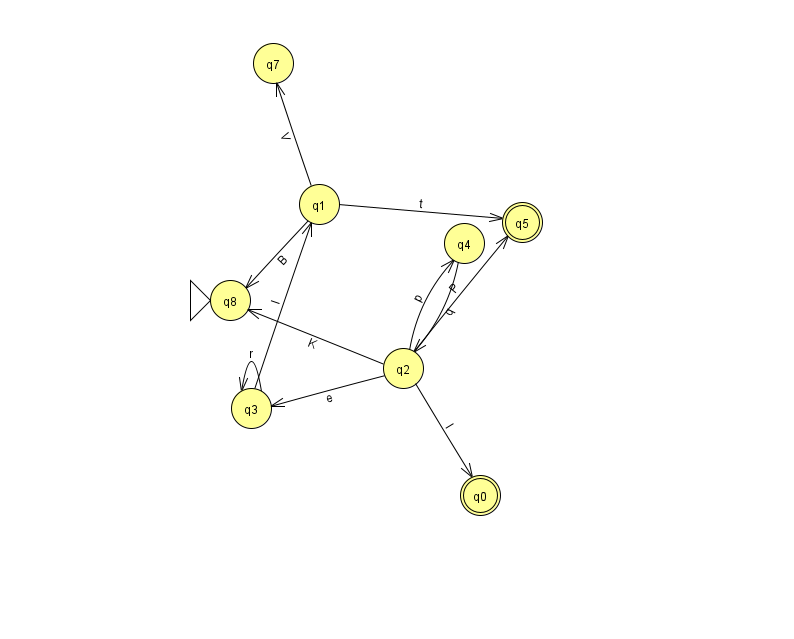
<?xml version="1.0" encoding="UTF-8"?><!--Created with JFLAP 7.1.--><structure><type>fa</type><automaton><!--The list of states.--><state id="0" name="q0"><x>480.0</x><y>482.0</y><final/></state><state id="1" name="q1"><x>319.0</x><y>191.0</y></state><state id="2" name="q2"><x>403.0</x><y>355.0</y></state><state id="3" name="q3"><x>251.0</x><y>395.0</y></state><state id="4" name="q4"><x>464.0</x><y>230.0</y></state><state id="5" name="q5"><x>522.0</x><y>209.0</y><final/></state><state id="7" name="q7"><x>273.0</x><y>50.0</y></state><state id="8" name="q8"><x>230.0</x><y>287.0</y><initial/></state><!--The list of transitions.--><transition><from>3</from><to>3</to><read>r</read></transition><transition><from>4</from><to>2</to><read>q</read></transition><transition><from>2</from><to>4</to><read>p</read></transition><transition><from>1</from><to>8</to><read>B</read></transition><transition><from>2</from><to>0</to><read>I</read></transition><transition><from>3</from><to>1</to><read>I</read></transition><transition><from>1</from><to>5</to><read>t</read></transition><transition><from>1</from><to>7</to><read>V</read></transition><transition><from>2</from><to>8</to><read>K</read></transition><transition><from>2</from><to>5</to><read>P</read></transition><transition><from>2</from><to>3</to><read>e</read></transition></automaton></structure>